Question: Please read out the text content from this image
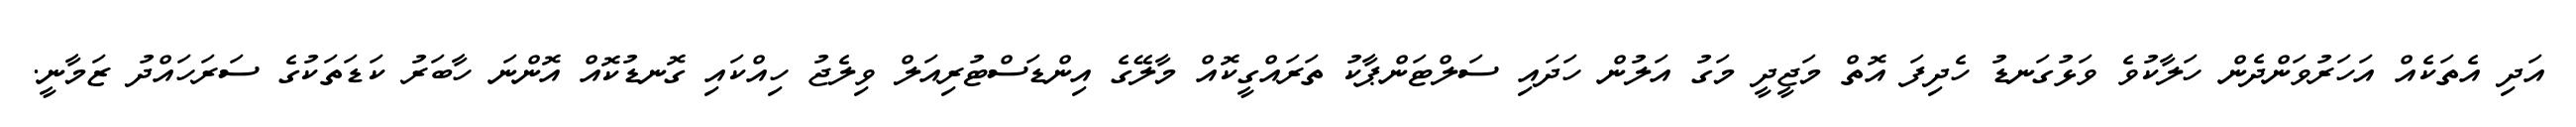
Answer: އަދި އެތަކެއް އަހަރުވަންދެން ހަލާކުވެ ވަޅުގަނޑު ހެދިފަ އޮތް މަޖީދީ މަގު އަލުން ހަދައި ސަލްޓަންޕާކު ތަރައްގީކޮއް މާލޭގެ އިންޑަސްޓުރިއަލް ވިލެޖު ހިއްކައި ގޮނޑުކޮއް އޮންނަ ހާބަރު ކަޑަތަކުގެ ސަރަހައްދު ޒަމާނީ.